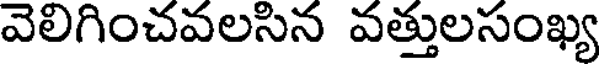
వెలిగించవలసిన వత్తులసంఖ్య